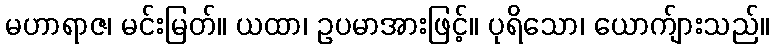
မဟာရာဇ၊ မင်းမြတ်။ ယထာ၊ ဥပမာအားဖြင့်။ ပုရိသော၊ ယောက်ျားသည်။